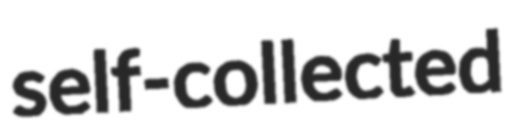
self-collected